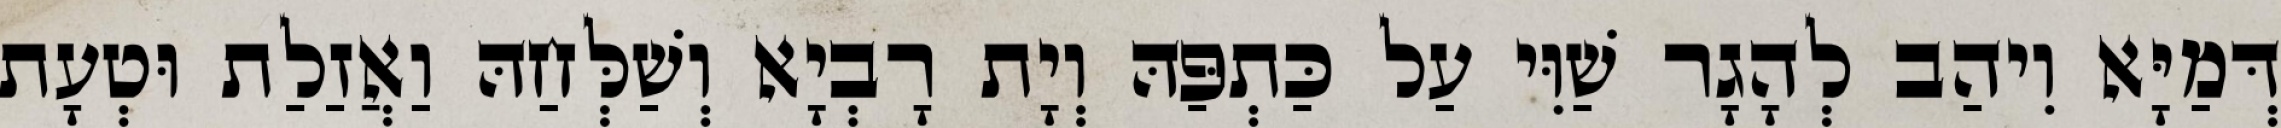
דְּמַיָּא וִיהַב לְהָגָר שַׁוִּי עַל כַּתְפַּהּ וְיָת רָבְיָא וְשַׁלְּחַהּ וַאֲזַלַת וּטְעָת